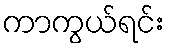
ကာကွယ်ရင်း